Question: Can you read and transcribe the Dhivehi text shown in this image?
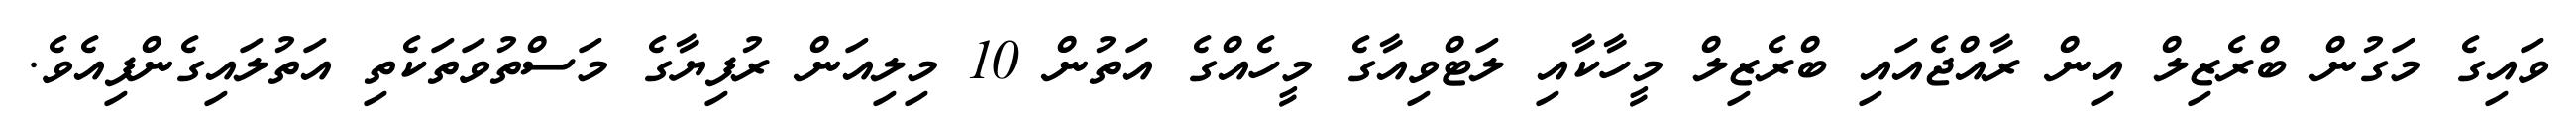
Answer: ވައިގެ މަގުން ބްރެޒިލް އިން ރާއްޖެއައި ބްރެޒިލް މީހާކާއި ލަޓްވިއާގެ މީހެއްގެ އަތުން 10 މިލިއަން ރުފިޔާގެ މަސްތުވަތަކެތި އަތުލައިގެންފިއެވެ.